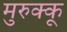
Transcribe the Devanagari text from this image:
मुरुक्कू